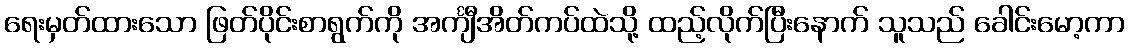
ရေးမှတ်ထားသော ဖြတ်ပိုင်းစာရွက်ကို အင်္ကျီအိတ်ကပ်ထဲသို့ ထည့်လိုက်ပြီးနောက် သူသည် ခေါင်းမော့ကာ